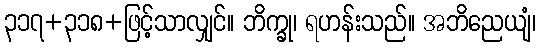
၃၁၇+၃၁၈+ဖြင့်သာလျှင်။ ဘိက္ခု၊ ရဟန်းသည်။ အဘိညေယျံ၊